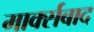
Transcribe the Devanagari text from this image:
मार्क्सबाद